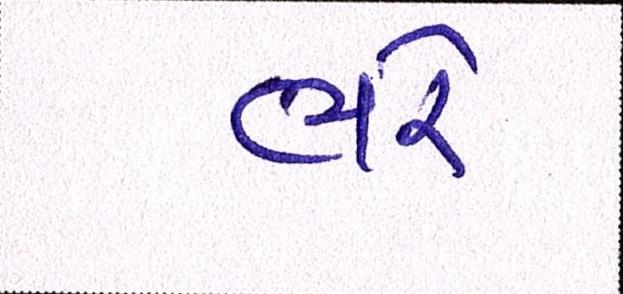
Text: ભરે